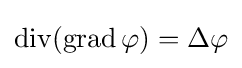
\operatorname {div} (\operatorname {grad} \varphi )=\Delta \varphi